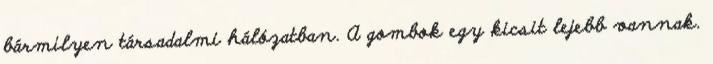
bármilyen társadalmi hálózatban. A gombok egy kicsit lejebb vannak.